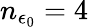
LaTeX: n_{\epsilon_{0}}=4